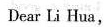
Dear Li Hua，